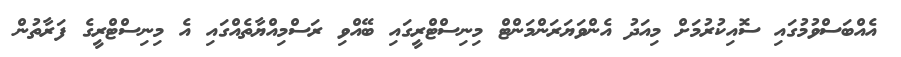
އެއްބަސްވުމުގައި ސޮއިކުރުމަށް މިއަދު އެންވަޔަރަންމަންޓް މިނިސްޓްރީގައި ބޭއްވި ރަސްމިއްޔާތެއްގައި އެ މިނިސްޓްރީގެ ފަރާތުން